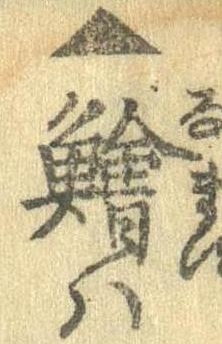
▲鱠は